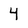
Character: 4